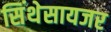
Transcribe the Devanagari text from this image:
सिंथेसायजर